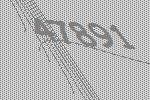
47891